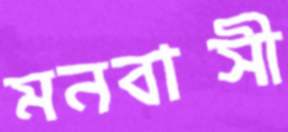
মনবাসী